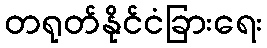
တရုတ်နိုင်ငံခြားရေး